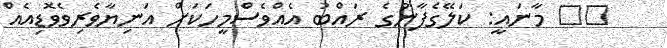
٤٩ މާނައީ: ކަލޭގެފާނުގެ ރައްބު އެއްވެސްމީހަކަށް އަނިޔާވެރިވެވޮޑިއެއް